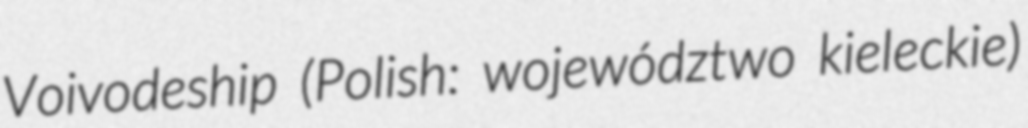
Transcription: Voivodeship (Polish: województwo kieleckie)